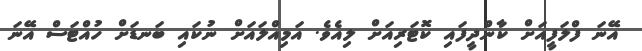
އޭނަ ފްލަފީއަށް ކާންދީފައި ކޮޓަރިއަށް ލިއެވެ. އަމިއްލައަށް ނުކައި ބަނޑަށް ހުއްޓަސް އޭނަ